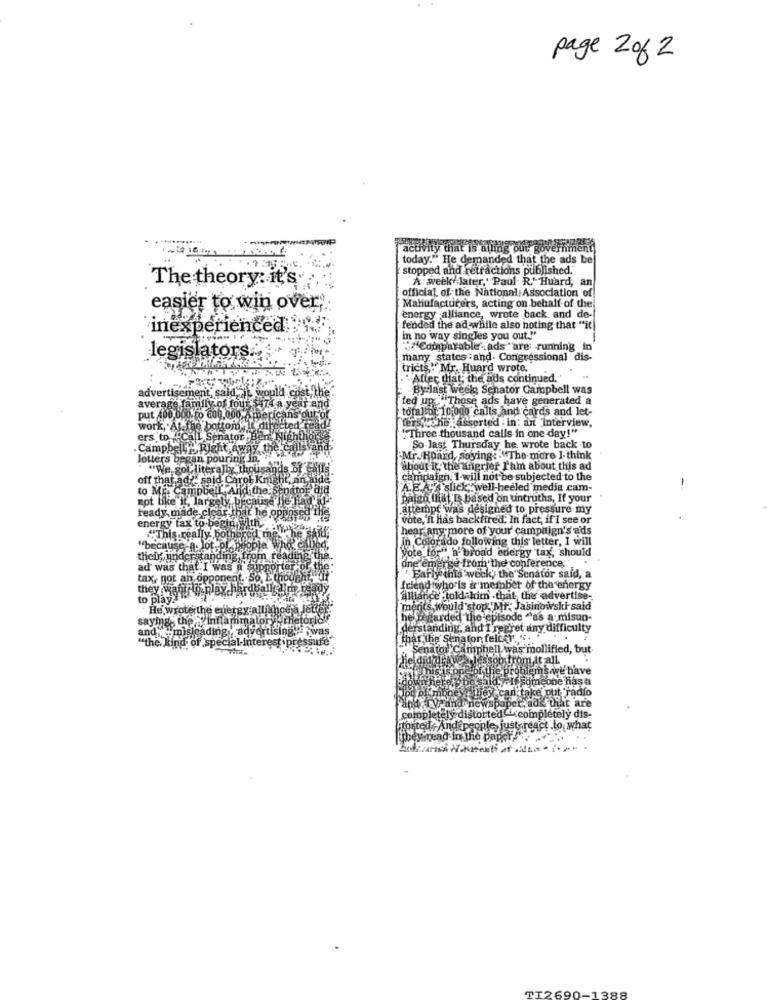
page 2of 2
......
activity that is ailing out government
today." He demanded that the ads bel
stopped and retractions published."
The theory: it's
official of the National Association of
A week -Jater," Paul. R. Huard, an
easier to win over.
Manufacturers, acting on behalf of the
energy alliance, wrote back and de-
inexperienced
fended the ad while also hoting that "it)
In no way singles you out""
""Comparable. ads "are running in
legislators.
many states :and. Congressional dis-
tricts " Mr. Huard wrote.
After that, the ads continued.
By-last Week; Senator Campbell was
advertisement, saldzie would cost th
fed up "Those ads have generated a
average family of four 474 a year a
totaltor 10;000 call
odo calls and cards and let-
put 400,000.0 600.000 Americans ou
ters,tche :asserted . in: an "Interview,
work, At the bottom,
Bebed
"Three thousand calls in one day!"
ers to.
nator
V.Right Away
So last Thursday, he wrote back to
lotters began pouring in.
Mr. Hoand, saying: "The more ].think
"We got literally thous
about it. therafigrier T'am about this ad
off that ad ?:
- said. Carol Kni
campaign. 1-will not be subjected to the
to ME. Campbell And the
AEAT slick; well-heeled media cam-
-
not Like it,
te if, largely bec
palen that [ based on untruths, If your
ready made clear that he opp
attempt was designed to pressure my
energy tax to bep
vote,'n Has backfired. In fact, if i see or
hear any more of your campitign's ads
"This really both
In Colorado following this letter, I will
"because a lot of people
Vote for" a" broad energy tax, should
ici: understan
ingx
jom
ad was that.I was
porter
ane emerge from the conference,"
tax, not an oppone
lythis week, the Senator said, a
they want to play hb
friend who is a member of the energy
to play
Alliance told him . that the advertise-
He wrote the energy alliance a
ments, would stop Mr. Jasinowski said
sayings the inflammatory"
hei regarded the episode "as a misun-
andif misleading . advertising i was
derstanding, and I regret any difficulty
"the, kind of special-inter
that the Senator felcer.
Senator Camphell was mollified, but
or the problems we have
la / if someone has a
e put radio
and ryeand newspaper ade that are
completely distorted completely dis-
tortel, And people, just-react .to what
besinead in the
TT2690-1388